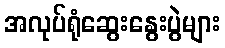
အလုပ်ရုံဆွေးနွေးပွဲများ